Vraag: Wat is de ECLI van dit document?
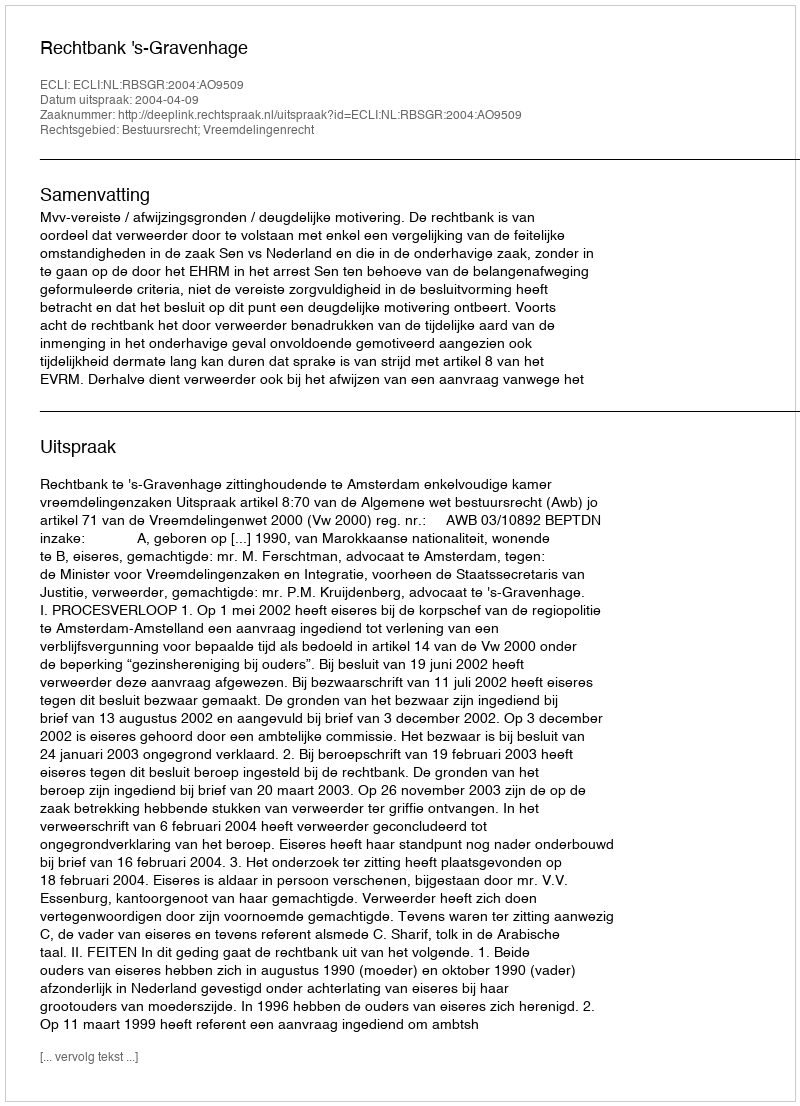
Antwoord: ECLI:NL:RBSGR:2004:AO9509